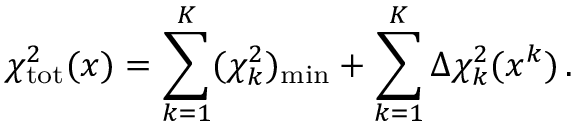
\chi _ { \mathrm { t o t } } ^ { 2 } ( x ) = \sum _ { k = 1 } ^ { K } ( \chi _ { k } ^ { 2 } ) _ { \mathrm { m i n } } + \sum _ { k = 1 } ^ { K } \Delta \chi _ { k } ^ { 2 } ( x ^ { k } ) \, .